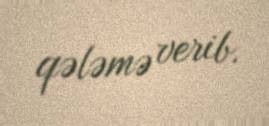
qələmə verib.